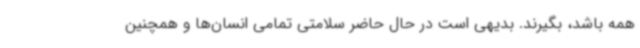
همه باشد، بگیرند. بدیهی است در حال حاضر سلامتی تمامی انسان‌ها و همچنین